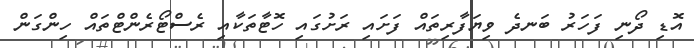
އޮޑި ދޯނި ފަހަރު ބަނދެ ވިޔަފާރިތައް ފަށައި ރަށުގައި ހޮޓާތަކާއި ރެސްޓޯރެންޓްތައް ހިންގަން